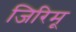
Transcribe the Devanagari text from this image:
जिरिमू